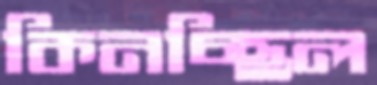
কিনচ্ছিল